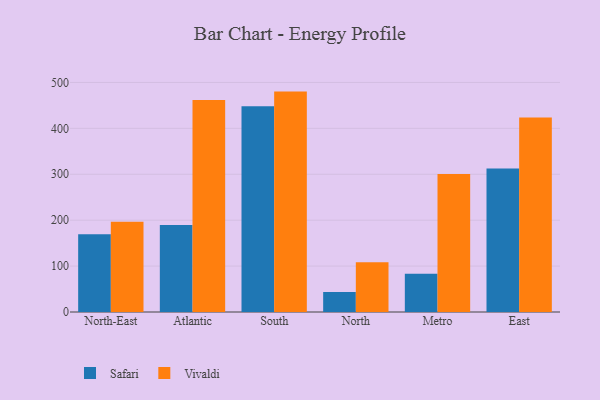
{"axis": {"x": "Region", "y": "Market Share (%)"}, "legend": ["Safari", "Vivaldi"], "data": [{"x": "North-East", "y": 169.2, "type": "Safari"}, {"x": "North-East", "y": 196.4, "type": "Vivaldi"}, {"x": "Atlantic", "y": 189.4, "type": "Safari"}, {"x": "Atlantic", "y": 461.6, "type": "Vivaldi"}, {"x": "South", "y": 448.3, "type": "Safari"}, {"x": "South", "y": 480.1, "type": "Vivaldi"}, {"x": "North", "y": 43.7, "type": "Safari"}, {"x": "North", "y": 108.2, "type": "Vivaldi"}, {"x": "Metro", "y": 83.5, "type": "Safari"}, {"x": "Metro", "y": 300.7, "type": "Vivaldi"}, {"x": "East", "y": 312.6, "type": "Safari"}, {"x": "East", "y": 423.8, "type": "Vivaldi"}]}